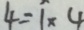
4 = 1 \times 4